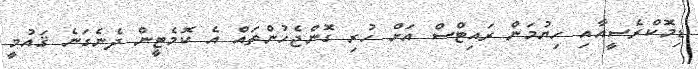
ޑިމޮކްރެސީއާއި ހިޔުމަން ރައިޓްސް އަށް ހުރި ގޮންޖެހުންތަައް އެ ކޮމެޓީން ދެނެގަނެ ޤައުމީ